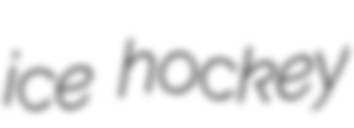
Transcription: ice hockey